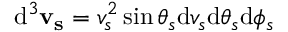
\mathrm { d } ^ { 3 } \mathbf { v _ { s } } = v _ { s } ^ { 2 } \sin \theta _ { s } \mathrm { d } v _ { s } \mathrm { d } \theta _ { s } \mathrm { d } \phi _ { s }